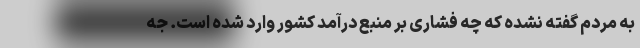
به مردم گفته نشده که چه فشاری بر منبع درآمد کشور وارد شده است. جه